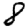
Digit: 8